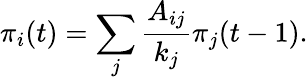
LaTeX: \pi_{i}(t)=\sum_{j}\frac{A_{ij}}{k_{j}}\pi_{j}(t-1).